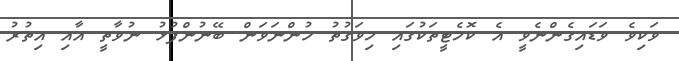
ވަކިވެ ވަޑައިގެންނެވީ އެ ކޮމެޓީތަކުގައި މިވަގުތު ހުންނަވަން ބޭނުންފުޅު ނުވާތީ އާއި އިތުރު